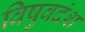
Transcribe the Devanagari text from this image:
विषुवदंश